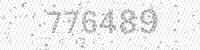
Solution: 776489